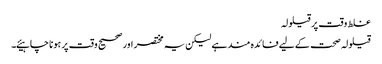
غلط وقت پر قیلولہ
قیلولہ صحت کے لیے فائدہ مند ہے لیکن یہ مختصر اور صحیح وقت پر ہونا چاہیئے۔